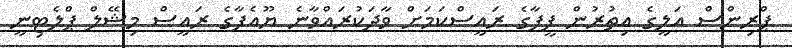
ޕްރިންސް އަލީގެ އިތުރުން ފީފާގެ ރައީސްކަމަށް ވާދަކުރައްވާނެ ޔޫއެފާގެ ރައީސް މިޝޭލް ޕްލެޓިނީ